Lunatic asylums Bombay report 1891-1903 - 1891-1903
Year: 1891
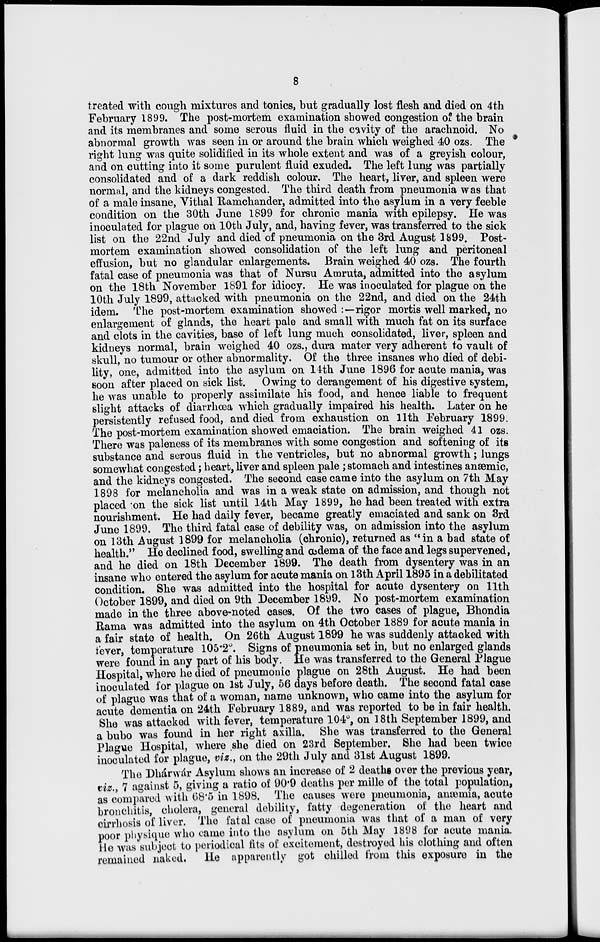
8
treated with cough mixtures and tonics, but gradually lost flesh and died on 4th
February 1899. The post-mortem examination showed congestion of the brain
and its membranes and some serous fluid in the cavity of the arachnoid. No
abnormal growth was seen in or around the brain which weighed 40 ozs. The
right lung was quite solidified in its whole extent and was of a greyish colour,
and on cutting into it some purulent fluid exuded. The left lung was partially
consolidated and of a dark reddish colour. The heart, liver, and spleen were
normal, and the kidneys congested. The third death from pneumonia was that
of a male insane, Vithal Ramchander, admitted into the asylum in a very feeble
condition on the 30th June 1899 for chronic mania with epilepsy. He was
inoculated for plague on 10th July, and, having fever, was transferred to the sick
list on the 22nd July and died of pneumonia on the 3rd August 1899. Post-
mortem examination showed consolidation of the left lung and peritoneal
effusion, but no glandular enlargements. Brain weighed 40 ozs. The fourth
fatal case of pneumonia was that of Nursu Amruta, admitted into the asylum
on the 18th November 1891 for idiocy. He was inoculated for plague on the
10th July 1899, attacked with pneumonia on the 22nd, and died on the 24th
idem. The post-mortem examination showed :—rigor mortis well marked, no
enlargement of glands, the heart pale and small with much fat on its surface
and clots in the cavities, base of left lung much consolidated, liver, spleen and
kidneys normal, brain weighed 40 ozs., dura mater very adherent to vault of
skull, no tumour or other abnormality. Of the three insanes who died of debi-
lity, one, admitted into the asylum on 14th June 1896 for acute mania, was
soon after placed on sick list. Owing to derangement of his digestive system,
he was unable to properly assimilate his food, and hence liable to frequent
slight attacks of diarrhœa which gradually impaired his health. Later on he
persistently refused food, and died from exhaustion on 11th February 1899.
The post-mortem examination showed emaciation. The brain weighed 41 ozs.
There was paleness of its membranes with some congestion and softening of its
substance and serous fluid in the ventricles, but no abnormal growth ; lungs
somewhat congested ; heart, liver and spleen pale ; stomach and intestines anæmic,
and the kidneys congested. The second case came into the asylum on 7th May
1898 for melancholia and was in a weak state on admission, and though not
placed on the sick list until 14th May 1899, he had been treated with extra
nourishment. He had daily fever, became greatly emaciated and sank on 3rd
June 1899. The third fatal case of debility was, on admission into the asylum
on 13th August 1899 for melancholia (chronic), returned as "in a bad state of
health.'' He declined food, swelling and œdema of the face and legs supervened,
and he died on 18th December 1899. The death from dysentery was in an
insane who entered the asylum for acute mania on 13th April 1895 in a debilitated
condition. She was admitted into the hospital for acute dysentery on 11th
October 1899, and died on 9th December 1899. No post-mortem examination
made in the three above-noted cases. Of the two cases of plague, Bhondia
Rama was admitted into the asylum on 4th October 1889 for acute mania in
a fair state of health. On 26th August 1899 he was suddenly attacked with
fever, temperature 105.2°. Signs of pneumonia set in, but no enlarged glands
were found in any part of his body. He was transferred to the General Plague
Hospital, where he died of pneumonie plague on 28th August. He had been
inoculated for plague on 1st July, 56 days before death. The second fatal case
of plague was that of a woman, name unknown, who came into the asylum for
acute dementia on 24th February 1889, and was reported to be in fair health.
She was attacked with fever, temperature 104°, on 18th September 1899, and
a bubo was found in her right axilla. She was transferred to the General
Plague Hospital, where she died on 23rd September. She had been twice
inoculated for plague, viz., on the 29th July and 31st August 1899.
The Dhárwár Asylum shows an increase of 2 deaths over the previous year,
viz., 7 against 5, giving a ratio of 90.9 deaths per mille of the total population,
as compared with 68.5 in 1898. The causes were pneumonia, anæmia, acute
bronchitis, cholera, general debility, fatty degeneration of the heart and
cirrhosis of liver. The fatal case of pneumonia was that of a man of very
poor physique who came into the asylum on 5th May 1898 for acute mania.
He was subject to periodical fits of excitement, destroyed his clothing and often
remained naked. He apparently got chilled from this exposure in the